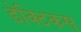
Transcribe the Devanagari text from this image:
डेक्टिकस